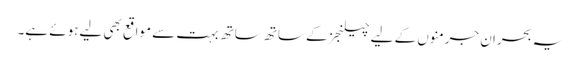
یہ بحران جرمنوں کے لیے چیلنجز کے ساتھ ساتھ بہت سے مواقع بھی لیےہوئے ہے۔